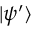
| \psi ^ { \prime } \rangle